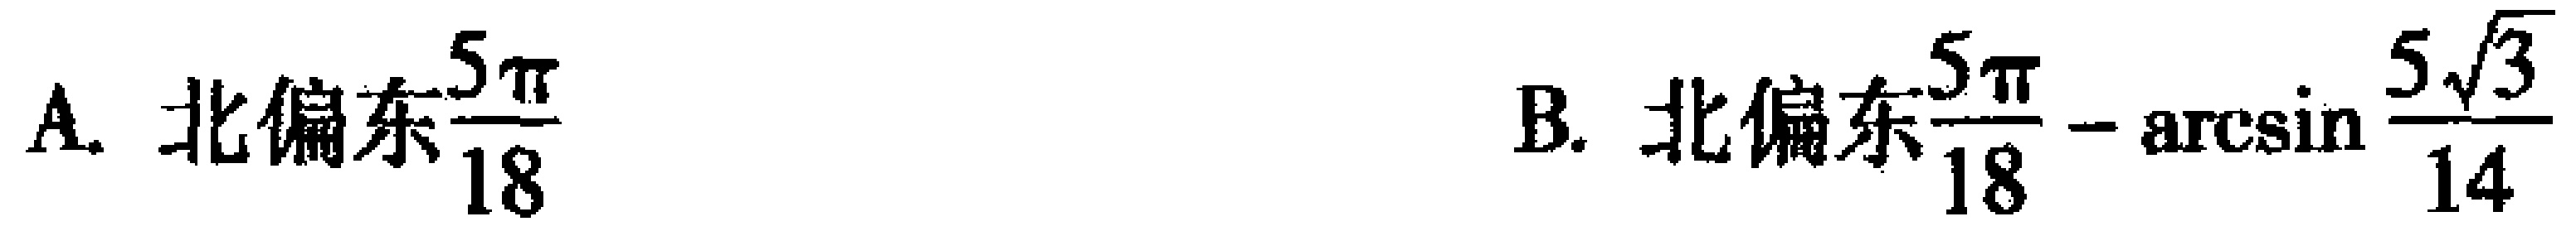
A. 北偏东$\dfrac{5\pi}{18}$  B. 北偏东$\dfrac{5\pi}{18}-\arcsin\dfrac{5\sqrt{3}}{14}$